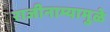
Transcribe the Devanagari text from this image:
राजीनाम्यामुळे